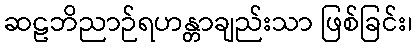
ဆဠဘိညာဉ်ရဟန္တာချည်းသာ ဖြစ်ခြင်း၊